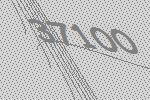
37100